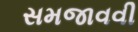
સમજાવવી